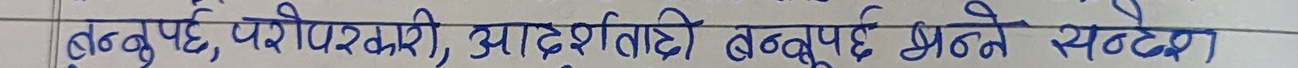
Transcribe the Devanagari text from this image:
बक्तुपर्छ, परोपकारी, आदर्शताको बक्तुपर्छ भन्ने सन्देस ।